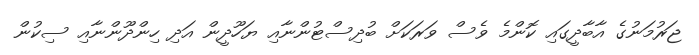
ޖަރުމަނުގެ އާބާދީގައި ކޮންމެ ވެސް ވަރަކަށް ބުދިސްޓުންނާއި ޔަހޫދީން އަދި ހިންދޫންނާއި ސިކުން